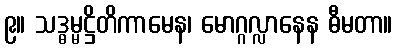
၉။ သဒ္ဓမ္မဋ္ဌိတိကာမေန၊ မောဂ္ဂလ္လာနေန ဓီမတာ။